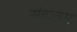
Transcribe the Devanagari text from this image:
संदानम